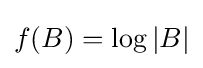
f(B)=\log |B|